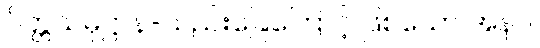
ပိတ္တသမုဋ္ဌာန-သည်းခြေကြောင့် ဖြစ်သော အနာ။